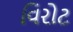
વિરોટ